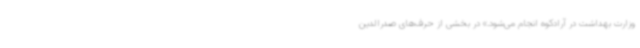
وزارت بهداشت در آرادکوه انجام می‌شود.» در بخشی از حرف‌های صدرالدین